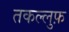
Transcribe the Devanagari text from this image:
तकल्लुफ़